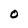
Character: O